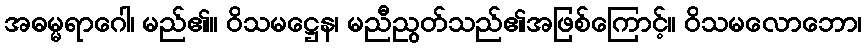
အဓမ္မရာဂေါ၊ မည်၏။ ဝိသမဋ္ဌေန၊ မညီညွတ်သည်၏အဖြစ်ကြောင့်။ ဝိသမလောဘော၊